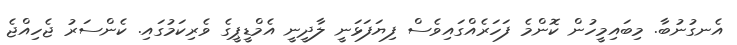
އެނގުނުބާ. މިބައިމީހުން ކޮންމެ ފަހަރެއްގައިވެސް ފިޔަފަޅަނީ ލާދީނީ އެމްޑީޕީގެ ވެރިކަމުގައި. ކެންސަރު ޖެހިއްޖެ